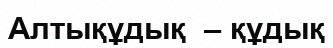
Алтықұдық  – құдық